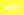
وراءهم